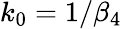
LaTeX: k_{0}=1/\beta_{4}